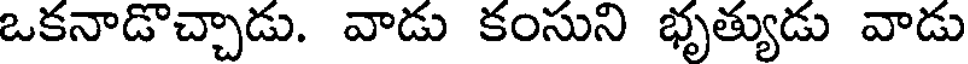
ఒకనాడొచ్చాడు. వాడు కంసుని భృత్యుడు వాడు